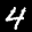
Label: 4